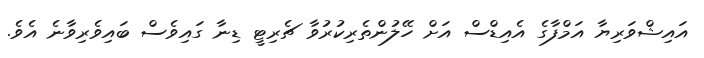
އައިޝްވަރިޔާ އަމްފާގެ އެއިޑްސް އަށް ހޭލުންތެރިކުރުވާ ޗެރިޓީ ޑިނާ ގައިވެސް ބައިވެރިވާނެ އެވެ.